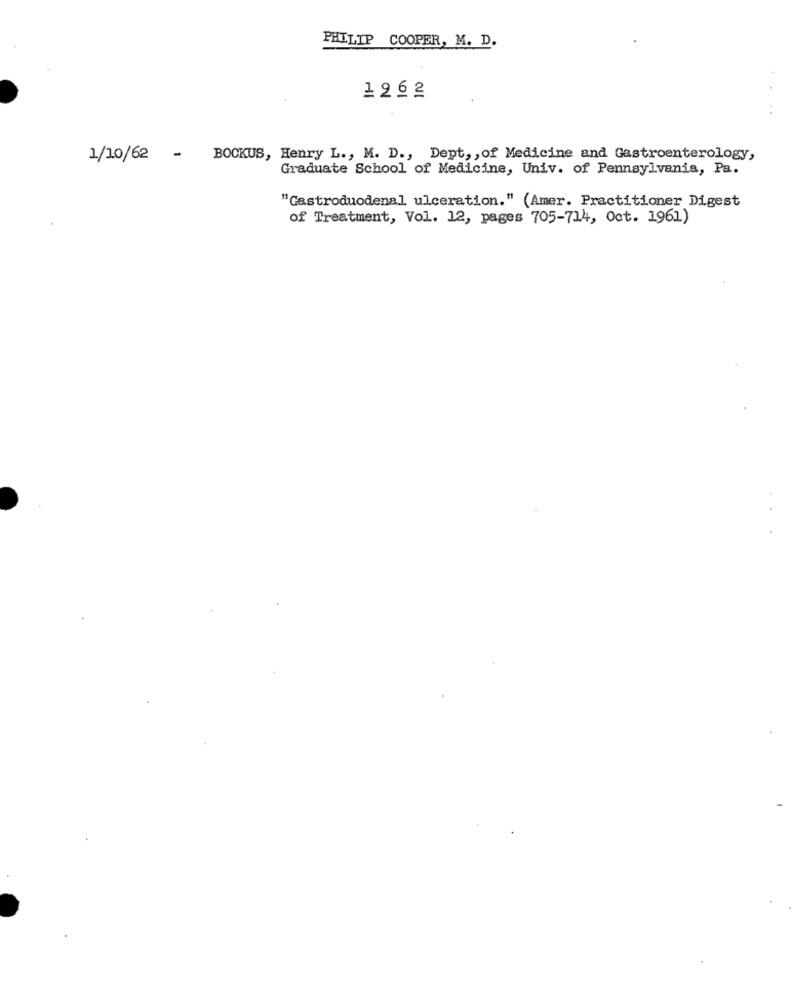
PHILIP COOPER, M. D.
1262
1/10/62 - BOCKUS, Henry L ., M. D ., Dept ,, of Medicine and Gastroenterology,
Graduate School of Medicine, Univ. of Pennsylvania, Pa.
"Gastroduodenal ulceration." (Amer. Practitioner Digest
of Treatment, Vol. 12, pages 705-714, Oct. 1961)